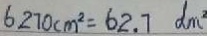
6 2 7 0 c m ^ { 2 } = 6 2 . 7 d m ^ { 2 }